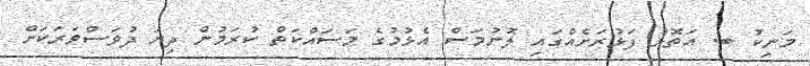
މަނިކު ބ. އަތޮޅު ފަޅުރަށެއްގައި ލޮނުމަސް އެޅުމުގެ މަސައްކަތް ކުރަމުން ދިޔަ ދުވަސްވަރަކަށް